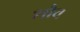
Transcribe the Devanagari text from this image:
शौव